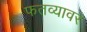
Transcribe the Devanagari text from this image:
फतव्यावर